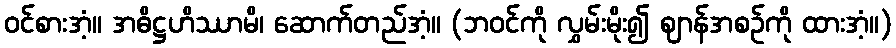
ဝင်စားအံ့။ အဓိဋ္ဌဟိဿာမိ၊ ဆောက်တည်အံ့။ (ဘဝင်ကို လွှမ်းမိုး၍ ဈာန်အစဉ်ကို ထားအံ့။)